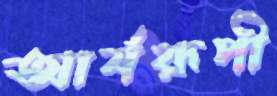
আর্যরূপী